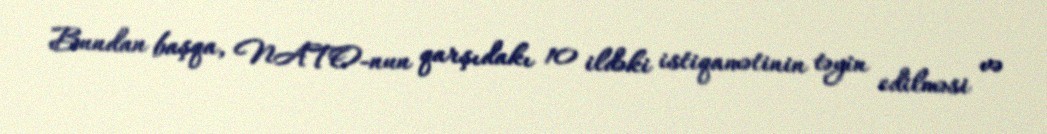
Bundan başqa, NATO-nun qarşıdakı 10 ildəki istiqamətinin təyin edilməsi və